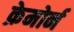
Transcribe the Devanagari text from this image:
क्रेमोर्न